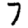
Digit: 7